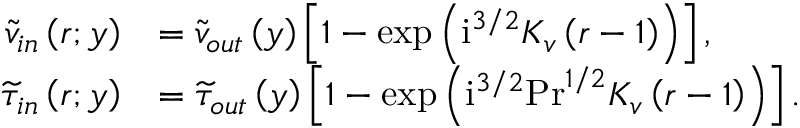
\begin{array} { r l } { \widetilde { v } _ { i n } \left( r ; y \right) } & { = \widetilde { v } _ { o u t } \left( y \right) \left[ 1 - \exp \left( \mathrm { i } ^ { 3 / 2 } K _ { v } \left( r - 1 \right) \right) \right] , } \\ { \widetilde { \tau } _ { i n } \left( r ; y \right) } & { = \widetilde { \tau } _ { o u t } \left( y \right) \left[ 1 - \exp \left( \mathrm { i } ^ { 3 / 2 } \mathrm { P r } ^ { 1 / 2 } K _ { v } \left( r - 1 \right) \right) \right] . } \end{array}